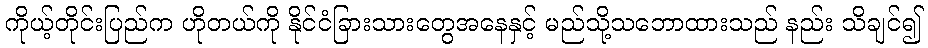
ကိုယ့်တိုင်းပြည်က ဟိုတယ်ကို နိုင်ငံခြားသားတွေအနေနှင့် မည်သို့သဘောထားသည် နည်း သိချင်၍